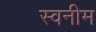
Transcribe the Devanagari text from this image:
स्वनीम